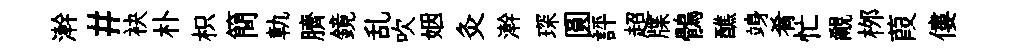
澣#袂朴枳簡軌臍鏡乱吹姻灸澣琛圓評超牒鶻醮竧肴忙覼桞葭僂